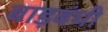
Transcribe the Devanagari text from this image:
बाड़बंधी